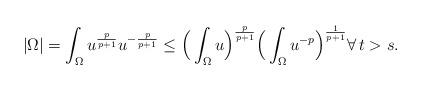
LaTeX: \begin{align*}|\Omega|=\int_\Omega u^{\frac{p}{p+1}} u^{-\frac{p}{p+1}}\le \Big(\int_\Omega u\Big)^{\frac{p}{p+1}}\Big(\int_\Omega u^{-p}\Big)^{\frac{1}{p+1}}\forall\, t>s.\end{align*}